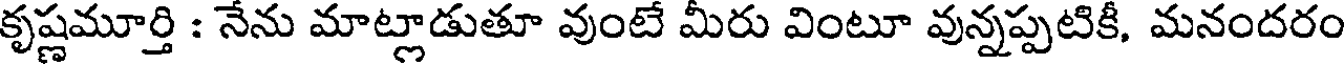
కృష్ణమూర్తి : నేను మాట్లాడుతూ వుంటే మీరు వింటూ వున్నప్పటికీ, మనందరం